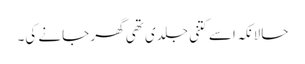
حالانکہ اسے کتنی جلدی تھی گھر جانے کی۔